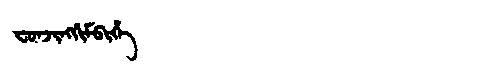
Manchu: ᠸᠣᠨᠵᡳᠩᡤᡳᠮᠪᡳᡥᡝ
Romanization: FONJINGGIMBIHE